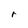
Character: r